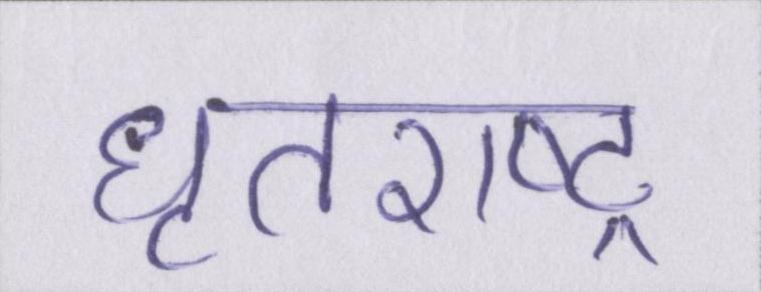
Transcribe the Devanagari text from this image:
धॄतराष्ट्र